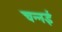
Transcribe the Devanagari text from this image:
चन्नई